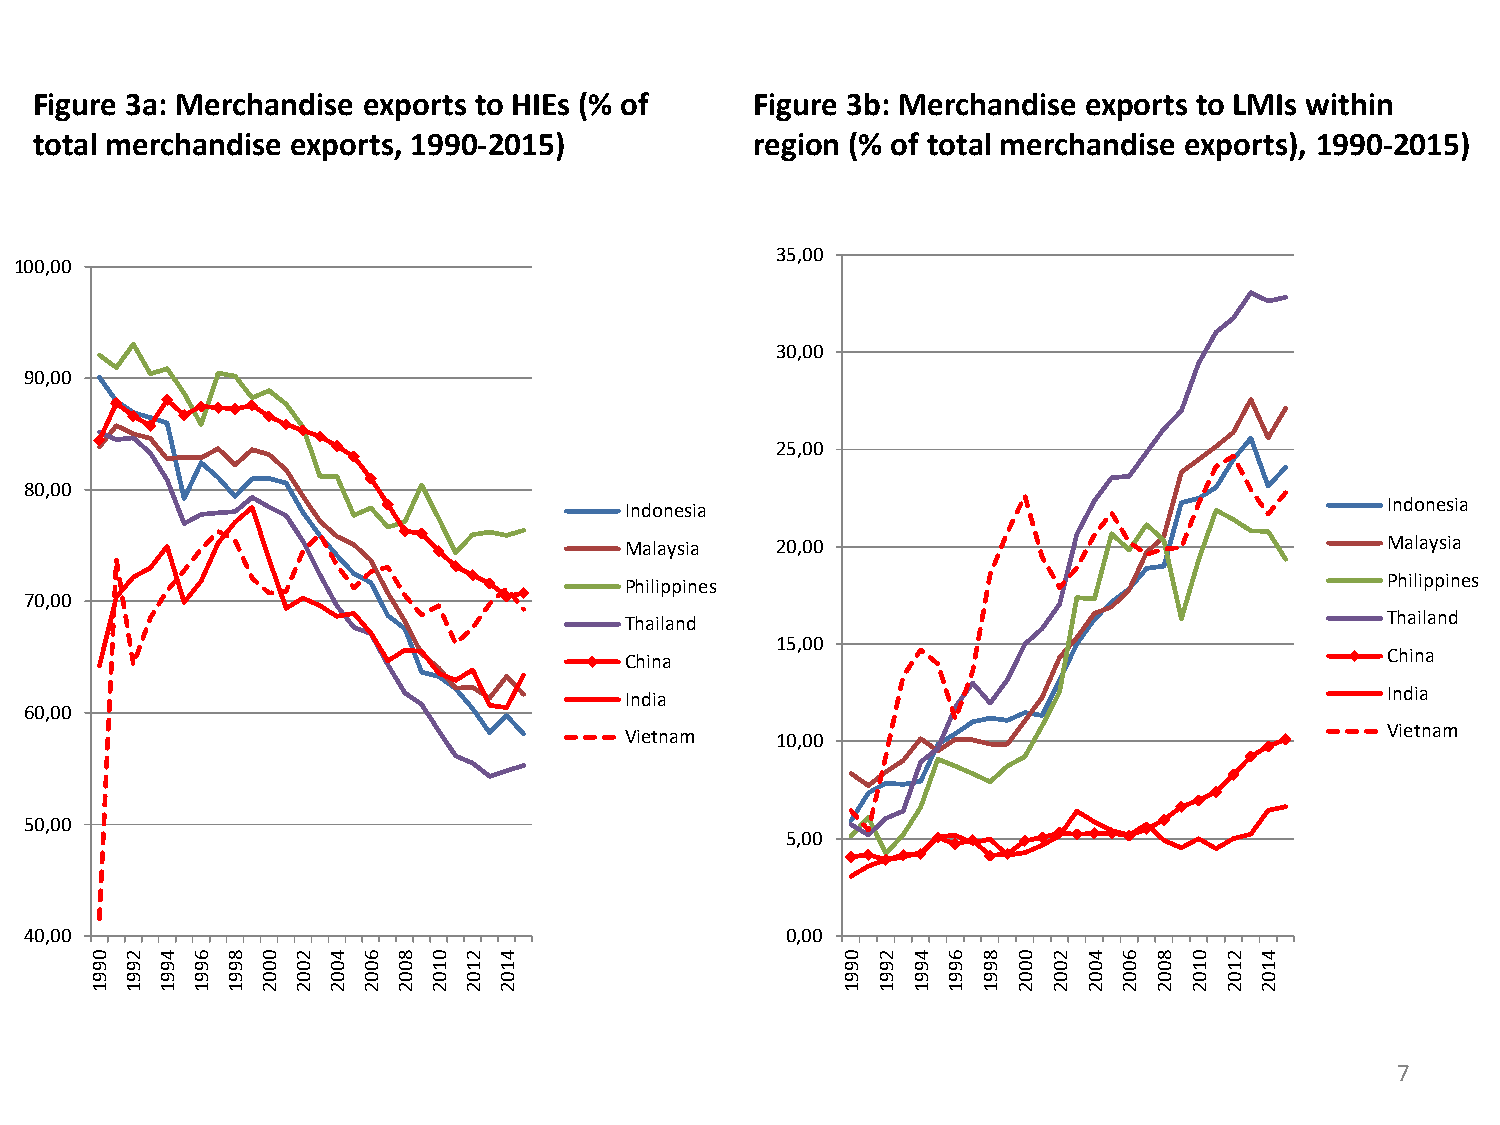
Figure 3a: Merchandise exports to HIEs (% of    Figure 3b: Merchandise exports to LMIs within
 total merchandise exports, 1990-2015)           region (% of total merchandise exports), 1990-2015)
 35,00
 100,00
 30,00
 90,00
 25,00
 80,00
 Indonesia                                          Indonesia
 Malaysia  20,00                                    Malaysia
 Philippines                                        Philippines
 70,00
 Thailand                                           Thailand
 15,00
 China                                              China
 India                                              India
 60,00
 Vietnam   10,00                                    Vietnam
 50,00
 5,00
 40,00                                             0,00
 0 2  4 6 8 0 2  4 6 8 0  2 4                      0 2 4  6 8 0  2 4 6  8 0 2 4
 9 9  9 9 9 0 0  0 0 0 1  1 1                      9 9 9  9 9 0  0 0 0  0 1 1 1
 9 9  9 9 9 0 0  0 0 0 0  0 0                      9 9 9  9 9 0  0 0 0  0 0 0 0
 1 1  1 1 1 2 2  2 2 2 2  2 2                      1 1 1  1 1 2  2 2 2  2 2 2 2
 7